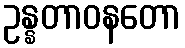
ဥန္နတာဝနတော